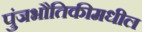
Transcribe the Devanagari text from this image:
पुंजभौतिकीमधील